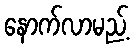
နောက်လာမည့်